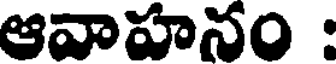
ఆవాహనం :